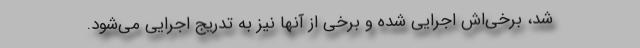
شد، برخی‌اش اجرایی شده و برخی از آنها نیز به تدریج اجرایی می‌شود.